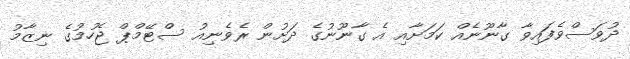
ދުވަސްވެފައިވާ ގާނޫނެއް ކަމަށާއި އެ ގާނޫނުގެ ދަށުން ރެވެނިއު ސްޓޭމްޕް ޖެހުމުގެ ނިޒާމު